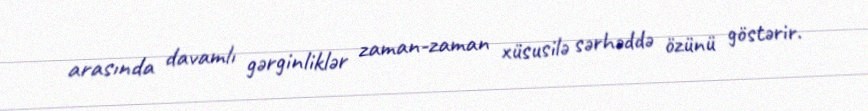
arasında davamlı gərginliklər zaman-zaman xüsusilə sərhəddə özünü göstərir.